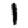
Digit: 1